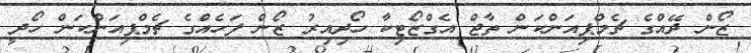
ޒޯން ދޭއްގެ ޗެމްޕިއަންކަން ތާޖް އެގްޒޯޓިކާ ހޯދިއިރު ޒޯން ފަހެއްގެ ޗެމްޕިއަންކަން ހޯދީ